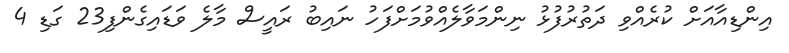
އިންޑިއާއަށް ކުރެއްވި ދަތުރުފުޅު ނިންމަވާލެއްވުމަށްފަހު ނައިބު ރައީސް މާލެ ވަޑައިގެންފި23 ގަޑި 4